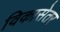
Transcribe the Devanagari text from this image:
विकासेतर